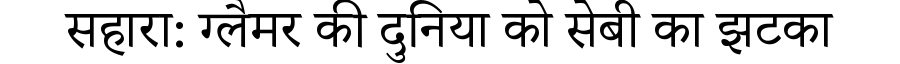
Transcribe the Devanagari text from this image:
सहारा: ग्लैमर की दुनिया को सेबी का झटका